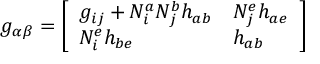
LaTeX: g _ { \alpha \beta } = \left[ \begin{array} { l l } { { g _ { i j } + N _ { i } ^ { a } N _ { j } ^ { b } h _ { a b } } } & { { N _ { j } ^ { e } h _ { a e } } } \\ { { N _ { i } ^ { e } h _ { b e } } } & { { h _ { a b } } } \end{array} \right]